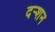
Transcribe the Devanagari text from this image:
दर्‍शन